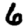
Digit: 6